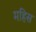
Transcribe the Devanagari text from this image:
महिस